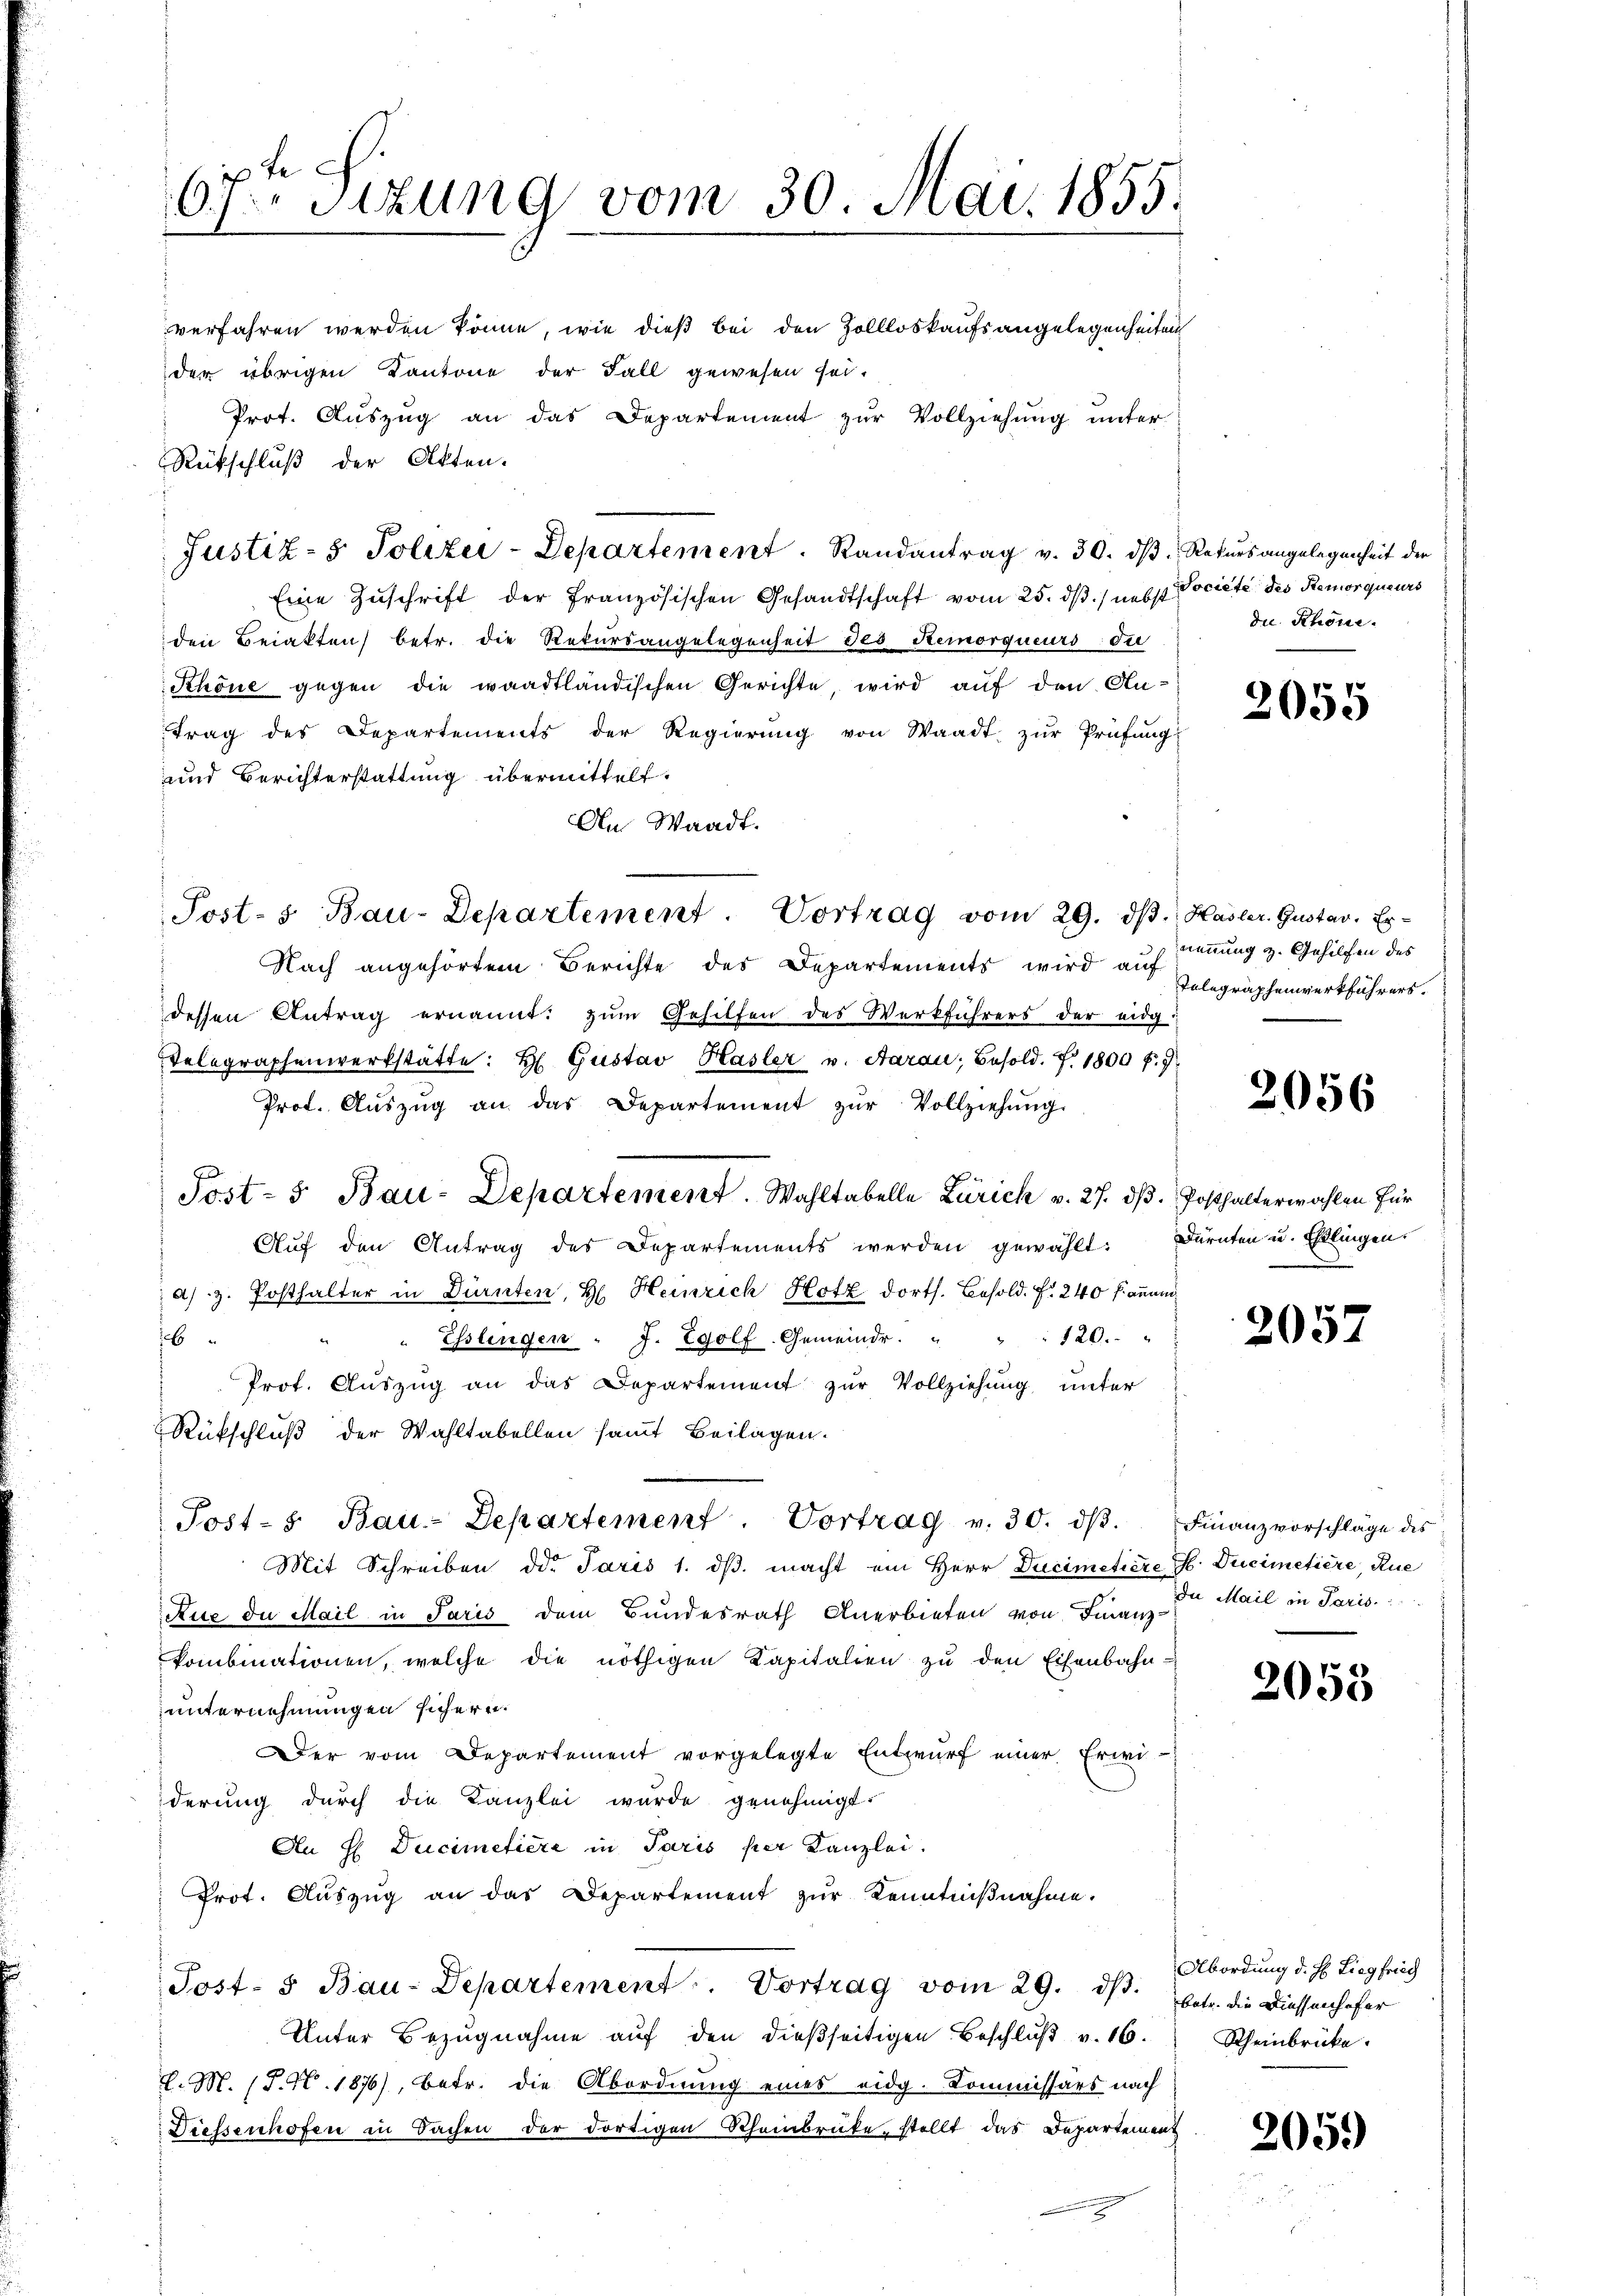
0te A
67. Sitzung vom 30. Mai. 1855.

verfahren werden könne, wie dieß bei den Zollloskaufsangelegenheiten
der übrigen Kantone der Fall gewesen sei.
Prot. Auszug an das Departement zur Vollziehung unter
Rütschluß der Akten.
Justiz- & Polizei-Departement. Randantrag v. 30. dß Rekursangelegenheit der
Eine Zŭschrift der Französischen Gesandtschaft vom 25. dβ / nebst Societe des Remorqueurs
den Beiakten betr. die Rekŭrsangelegenheit des Remorqueurs die
Schöne gegen die waadtländischen Gerichte, wird auf den Autrag des Departements der Regierŭng von Waadt, zŭr Prüfung
und Berichterstattung übermittelt.
An Waadt.
Posts Bau-Departement. Vortrag vom 29. dβ. Hasler. Gustav, Er-
Nach angehörtem Berichte des Departements wird auch Telegraphenwerkführers.
dessen Antrag ernannt. zŭm Gehilfen des Werkführers der eidg
Velegraphenwerkstatte: H Gustav Hasler v. Aarau, Besold. 7. 1800 f.
Prot. Aŭszŭg an das Departement zŭr Vollziehŭng.
Aŭf den Antrag des Departements werden gewählt: Dürnten u. Ehlingens
as. z. Posthalter in Dürnten, H. Heinrich Hotz dorts. Besold. f. 240 Fanun¬
6
" " Esslingen " J. Egolf Gemeinde. " " " 120. "
Prot. Auszug an das Departement zur Vollziehung unter
Rückschluß der Wahltabellen samt Beilagen.
Post- u Bau-Departement. Vortrag v. 30. dβ. Finanzvorschläge des
Mit Schreiben die Paris 1. dβ macht ein Herr Ducimetiere G. Ducimetiere, Rue
Ruse de Mail in Jaris dem Bundesrath Anerbieten von Finanz-
kombinationen, welche die nöthigen Kapitalien zu den Eisenbahn-
unternehmungen sichern.
Der vom Departement vorgelegte Entwŭrf einer Erwi-
derung durch die Kanzlei wurde genehmigt.
An H Ducimetiere in Paris per Kanzlei.
Prot. Aŭszŭg an das Departement zŭr Kenntniβnahme.
Post- & Bau-Departement. Vortrag vom 29. ds. betr. die Diessenhofer
Unter Bezugnahme auf den dießseitigen Beschluß v. 16.
l. M. (T. N. 1876), betr. die Abordnung eines eidg. Kommissärs nach
Diessenhofen in Sachen der dortigen Rheinbrüke, stellt das Departement

Post- 5. Bau-Departement. Wahltabelle Zürich v. 27. dβ. Posthalterwahlen für

du Rhone.

2055

nennung z. Gehilfen des

2056

205.

Da Mail in Paris.  ..

2055

Abordung d. H. Liegfried
Scheinbrücke.

2059)